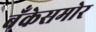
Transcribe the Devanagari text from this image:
बँकेसमोर